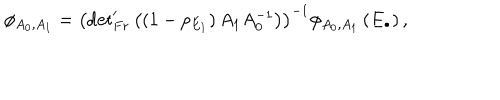
\phi _ { A _ { 0 } , A _ { 1 } } = \left( { \det } _ { F r } ^ { \prime } \left( \left( 1 - p _ { E _ { 1 } } \right) A _ { 1 } A _ { 0 } ^ { - 1 } \right) \right) ^ { - 1 } \phi _ { A _ { 0 } , A _ { 1 } } \left( E _ { \bullet } \right) ,